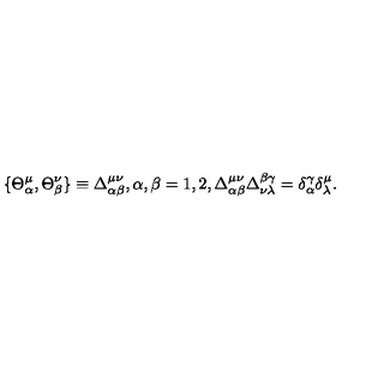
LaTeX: \{ \Theta _ { \alpha } ^ { \mu } , \Theta _ { \beta } ^ { \nu } \} \equiv \Delta _ { \alpha \beta } ^ { \mu \nu } , \alpha , \beta = 1 , 2 , \Delta _ { \alpha \beta } ^ { \mu \nu } \Delta _ { \nu \lambda } ^ { \beta \gamma } = \delta _ { \alpha } ^ { \gamma } \delta _ { \lambda } ^ { \mu } .